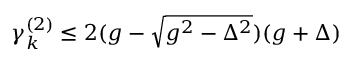
\begin{array} { r } { \gamma _ { k } ^ { ( 2 ) } \le 2 ( g - \sqrt { g ^ { 2 } - \Delta ^ { 2 } } ) ( g + \Delta ) } \end{array}